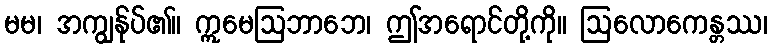
မမ၊ အကျွန်ုပ်၏။ ဣမေဩဘာဘေ၊ ဤအရောင်တို့ကို။ ဩလောကေန္တဿ၊